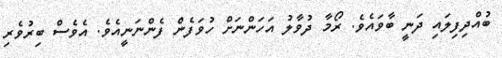
ބުއްދިފިލައި ދަނީ ބާވައެވެ. ރޯމާ ދުވާލު އަހަންނަށް ހުވަފެން ފެންނަނީއެވެ. އެވެސް ބިރުވެރި